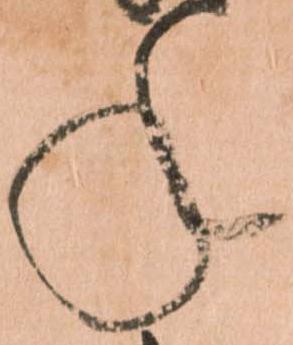
年